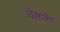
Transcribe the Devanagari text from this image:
वेष्ठनें